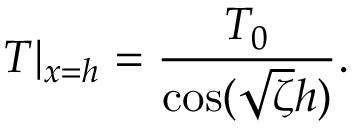
T | _ { x = h } = \frac { { { T _ { 0 } } } } { { \cos ( \sqrt \zeta h ) } } .